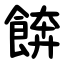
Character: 餴